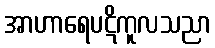
အာဟာရေပဋိကူလသညာ